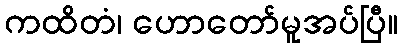
ကထိတံ၊ ဟောတော်မူအပ်ပြီ။